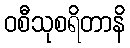
ဝစီသုစရိတာနိ